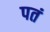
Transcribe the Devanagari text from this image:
पतं